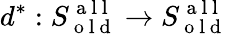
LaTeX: d^{*}:S_{\mathrm{~o~l~d~}}^{\mathrm{~a~l~l~}}\to S_{\mathrm{~o~l~d~}}^{\mathrm{~a~l~l~}}